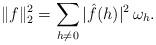
LaTeX: \begin{align*}\|f\|_{2}^2 = \sum_{h\neq 0} | \hat{f}(h)|^2 \, \omega_h.\end{align*}